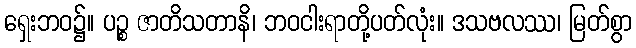
ရှေးဘဝ၌။ ပဉ္စ ဇာတိသတာနိ၊ ဘဝငါးရာတို့ပတ်လုံး။ ဒသဗလဿ၊ မြတ်စွာ